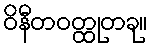
ဝိနီတဝတ္ထုတခု။